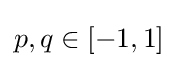
p,q\in [-1,1]